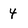
Character: 4